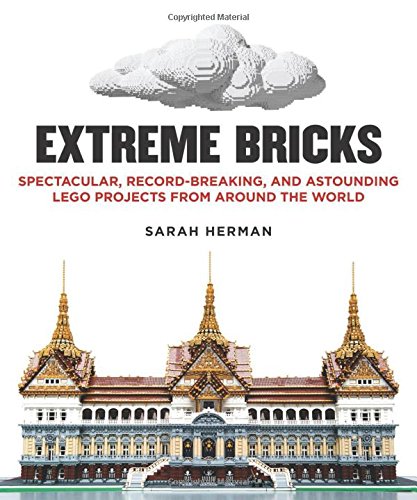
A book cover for Extreme Bricks: Spectacular, Record-Breaking, and Astounding LEGO Projects from around the World; Sarah Herman; Crafts, Hobbies & Home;